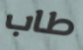
طاب